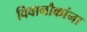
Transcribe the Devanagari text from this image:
विवानौकांना